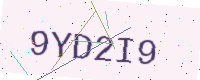
Text: 9YD2I9